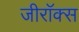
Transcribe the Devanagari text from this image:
जीराॅक्स